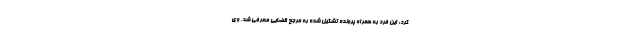
کرد: این فرد به همراه پرونده تشکیل شده به مرجع قضایی معرفی شد. وی